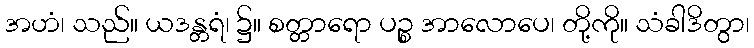
အဟံ၊ သည်။ ယဒန္တရံ၊ ၌။ စတ္တာရော ပဉ္စ အာလောပေ၊ တို့ကို။ သံခါဒိတွာ၊